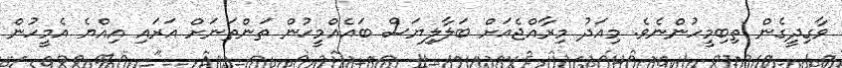
ވާގިދީގެން ތިބިމީހުންނެވެ. މިއަދު މިރާއްޖެއަށް ބަލާލިޔަސް ބައެއްމީހުން ތަންތަނަށް އަރައި އިއްޔެ އެމީހުން